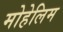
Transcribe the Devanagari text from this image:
मोहेलिम